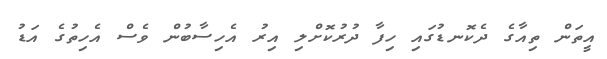
އީތަން ތިއާގެ ދެކޮނޑުގައި ހިފާ ދުރުކޮށްލި އިރު އެހިސާބުން ވެސް އެހިތުގެ އަޑު